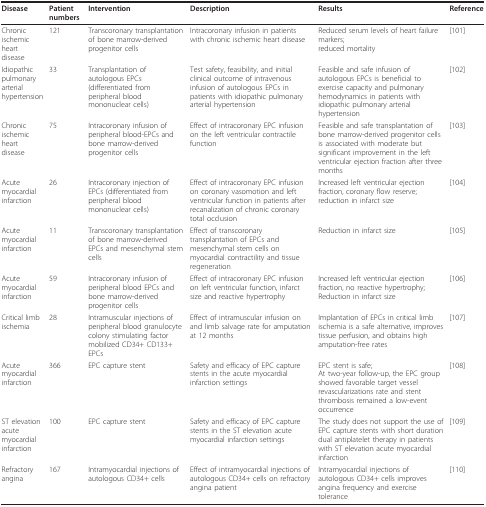
<table><thead><tr><td><b>Disease </b></td><td><b>Patient numbers </b></td><td><b>Intervention </b></td><td><b>Description </b></td><td><b>Results </b></td><td><b>Reference</b></td></tr></thead><tbody><tr><td>Chronic ischemic heart disease</td><td>121</td><td>Transcoronary transplantation of bone marrow-derived progenitor cells</td><td>Intracoronary infusion in patients with chronic ischemic heart disease</td><td>Reduced serum levels of heart failure markers;reduced mortality</td><td>[101]</td></tr><tr><td>Idiopathic pulmonary arterial hypertension</td><td>33</td><td>Transplantation of autologous EPCs (differentiated from peripheral blood mononuclear cells)</td><td>Test safety, feasibility, and initial clinical outcome of intravenous infusion of autologous EPCs in patients with idiopathic pulmonary arterial hypertension</td><td>Feasible and safe infusion of autologous EPCs is beneficial to exercise capacity and pulmonary hemodynamics in patients with idiopathic pulmonary arterial hypertension</td><td>[102]</td></tr><tr><td>Chronic ischemic heart disease</td><td>75</td><td>Intracoronary infusion of peripheral blood-EPCs and bone marrow-derived progenitor cells</td><td>Effect of intracoronary EPC infusion on the left ventricular contractile function</td><td>Feasible and safe transplantation of bone marrow-derived progenitor cells is associated with moderate but significant improvement in the left ventricular ejection fraction after three months</td><td>[103]</td></tr><tr><td>Acute myocardial infarction</td><td>26</td><td>Intracoronary injection of EPCs (differentiated from peripheral blood mononuclear cells)</td><td>Effect of intracoronary EPC infusion on coronary vasomotion and left ventricular function in patients after recanalization of chronic coronary total occlusion</td><td>Increased left ventricular ejection fraction, coronary flow reserve;reduction in infarct size</td><td>[104]</td></tr><tr><td>Acute myocardial infarction</td><td>11</td><td>Transcoronary transplantation of bone marrow-derived EPCs and mesenchymal stem cells</td><td>Effect of transcoronary transplantation of EPCs and mesenchymal stem cells on myocardial contractility and tissue regeneration</td><td>Reduction in infarct size</td><td>[105]</td></tr><tr><td>Acute myocardial infarction</td><td>59</td><td>Intracoronary infusion of peripheral blood EPCs and bone marrow-derived progenitor cells</td><td>Effect of intracoronary EPC infusion on left ventricular function, infarct size and reactive hypertrophy</td><td>Increased left ventricular ejection fraction, no reactive hypertrophy;Reduction in infarct size</td><td>[106]</td></tr><tr><td>Critical limb ischemia</td><td>28</td><td>Intramuscular injections of peripheral blood granulocyte colony stimulating factor mobilized CD34+ CD133+ EPCs</td><td>Effect of intramuscular infusion on and limb salvage rate for amputation at 12 months</td><td>Implantation of EPCs in critical limb ischemia is a safe alternative, improves tissue perfusion, and obtains high amputation-free rates</td><td>[107]</td></tr><tr><td>Acute myocardial infarction</td><td>366</td><td>EPC capture stent</td><td>Safety and efficacy of EPC capture stents in the acute myocardial infarction settings</td><td>EPC stent is safe;At two-year follow-up, the EPC group showed favorable target vessel revascularizations rate and stent thrombosis remained a low-event occurrence</td><td>[108]</td></tr><tr><td>ST elevation acute myocardial infarction</td><td>100</td><td>EPC capture stent</td><td>Safety and efficacy of EPC capture stents in the ST elevation acute myocardial infarction settings</td><td>The study does not support the use of EPC capture stents with short duration dual antiplatelet therapy in patients with ST elevation acute myocardial infarction</td><td>[109]</td></tr><tr><td>Refractory angina</td><td>167</td><td>Intramyocardial injections of autologous CD34+ cells</td><td>Effect of intramyocardial injections of autologous CD34+ cells on refractory angina patient</td><td>Intramyocardial injections of autologous CD34+ cells improves angina frequency and exercise tolerance</td><td>[110]</td></tr></tbody></table>